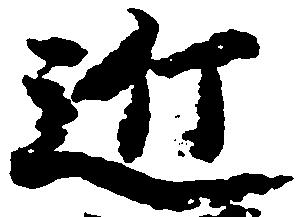
近